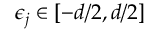
\epsilon _ { j } \in \left[ - d / 2 , d / 2 \right]